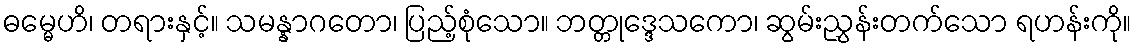
ဓမ္မေဟိ၊ တရားနှင့်။ သမန္နာဂတော၊ ပြည့်စုံသော။ ဘတ္တုဒ္ဒေသကော၊ ဆွမ်းညွှန်းတက်သော ရဟန်းကို။